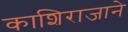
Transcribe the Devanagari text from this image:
काशिराजाने